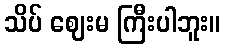
သိပ် ဈေးမ ကြီးပါဘူး။